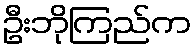
ဦးဘိုကြည်က